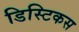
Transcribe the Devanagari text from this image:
डिस्टिकस